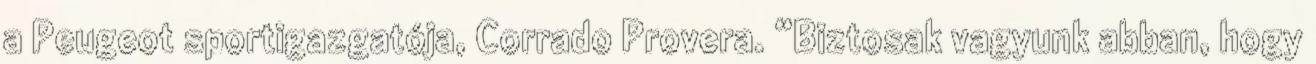
a Peugeot sportigazgatója, Corrado Provera. “Biztosak vagyunk abban, hogy